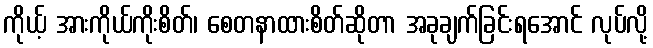
ကိုယ့် အားကိုယ်ကိုးစိတ်၊ စေတနာထားစိတ်ဆိုတာ အခုချက်ခြင်းရအောင် လုပ်လို့